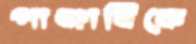
পাঞ্জাবিকে